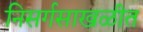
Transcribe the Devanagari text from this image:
निसर्गसाखळीत